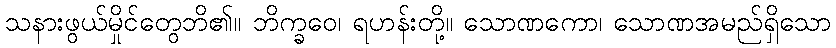
သနားဖွယ်မှိုင်တွေဘိ၏။ ဘိက္ခဝေ၊ ရဟန်းတို့။ သောဏကော၊ သောဏအမည်ရှိသော